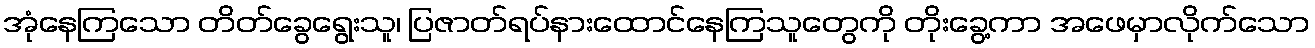
အုံနေကြသော တိတ်ခွေရွေးသူ၊ ပြဇာတ်ရပ်နားထောင်နေကြသူတွေကို တိုးခွေ့ကာ အဖေမှာလိုက်သော